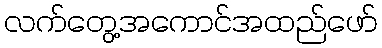
လက်တွေ့အကောင်အထည်ဖော်